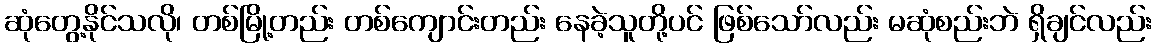
ဆုံတွေ့နိုင်သလို၊ တစ်မြို့တည်း တစ်ကျောင်းတည်း နေခဲ့သူတို့ပင် ဖြစ်သော်လည်း မဆုံစည်းဘဲ ရှိချင်လည်း